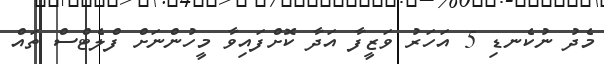
މެދު ނުކެނޑި 5 އަހަރު ވަޒީފާ އަދާ ކޮށްފައިވާ މީހުންނަށް ފްލެޓްސް ތައް